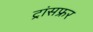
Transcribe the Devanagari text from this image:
ट्रांसफ्रर